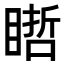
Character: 𥉭